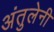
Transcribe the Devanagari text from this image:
अंतुलेनी